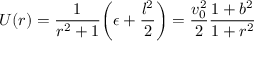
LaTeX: U ( r ) = { \frac { 1 } { r ^ { 2 } + 1 } } \biggl ( \epsilon + { \frac { l ^ { 2 } } { 2 } } \biggr ) = { \frac { v _ { 0 } ^ { 2 } } { 2 } } { \frac { 1 + b ^ { 2 } } { 1 + r ^ { 2 } } }